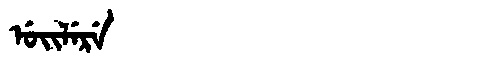
Manchu: ᡠᡳᠯᡝᡵᡝ
Romanization: UILERE